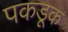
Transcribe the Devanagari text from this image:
पकडूक